Riigikantselei, lk 2
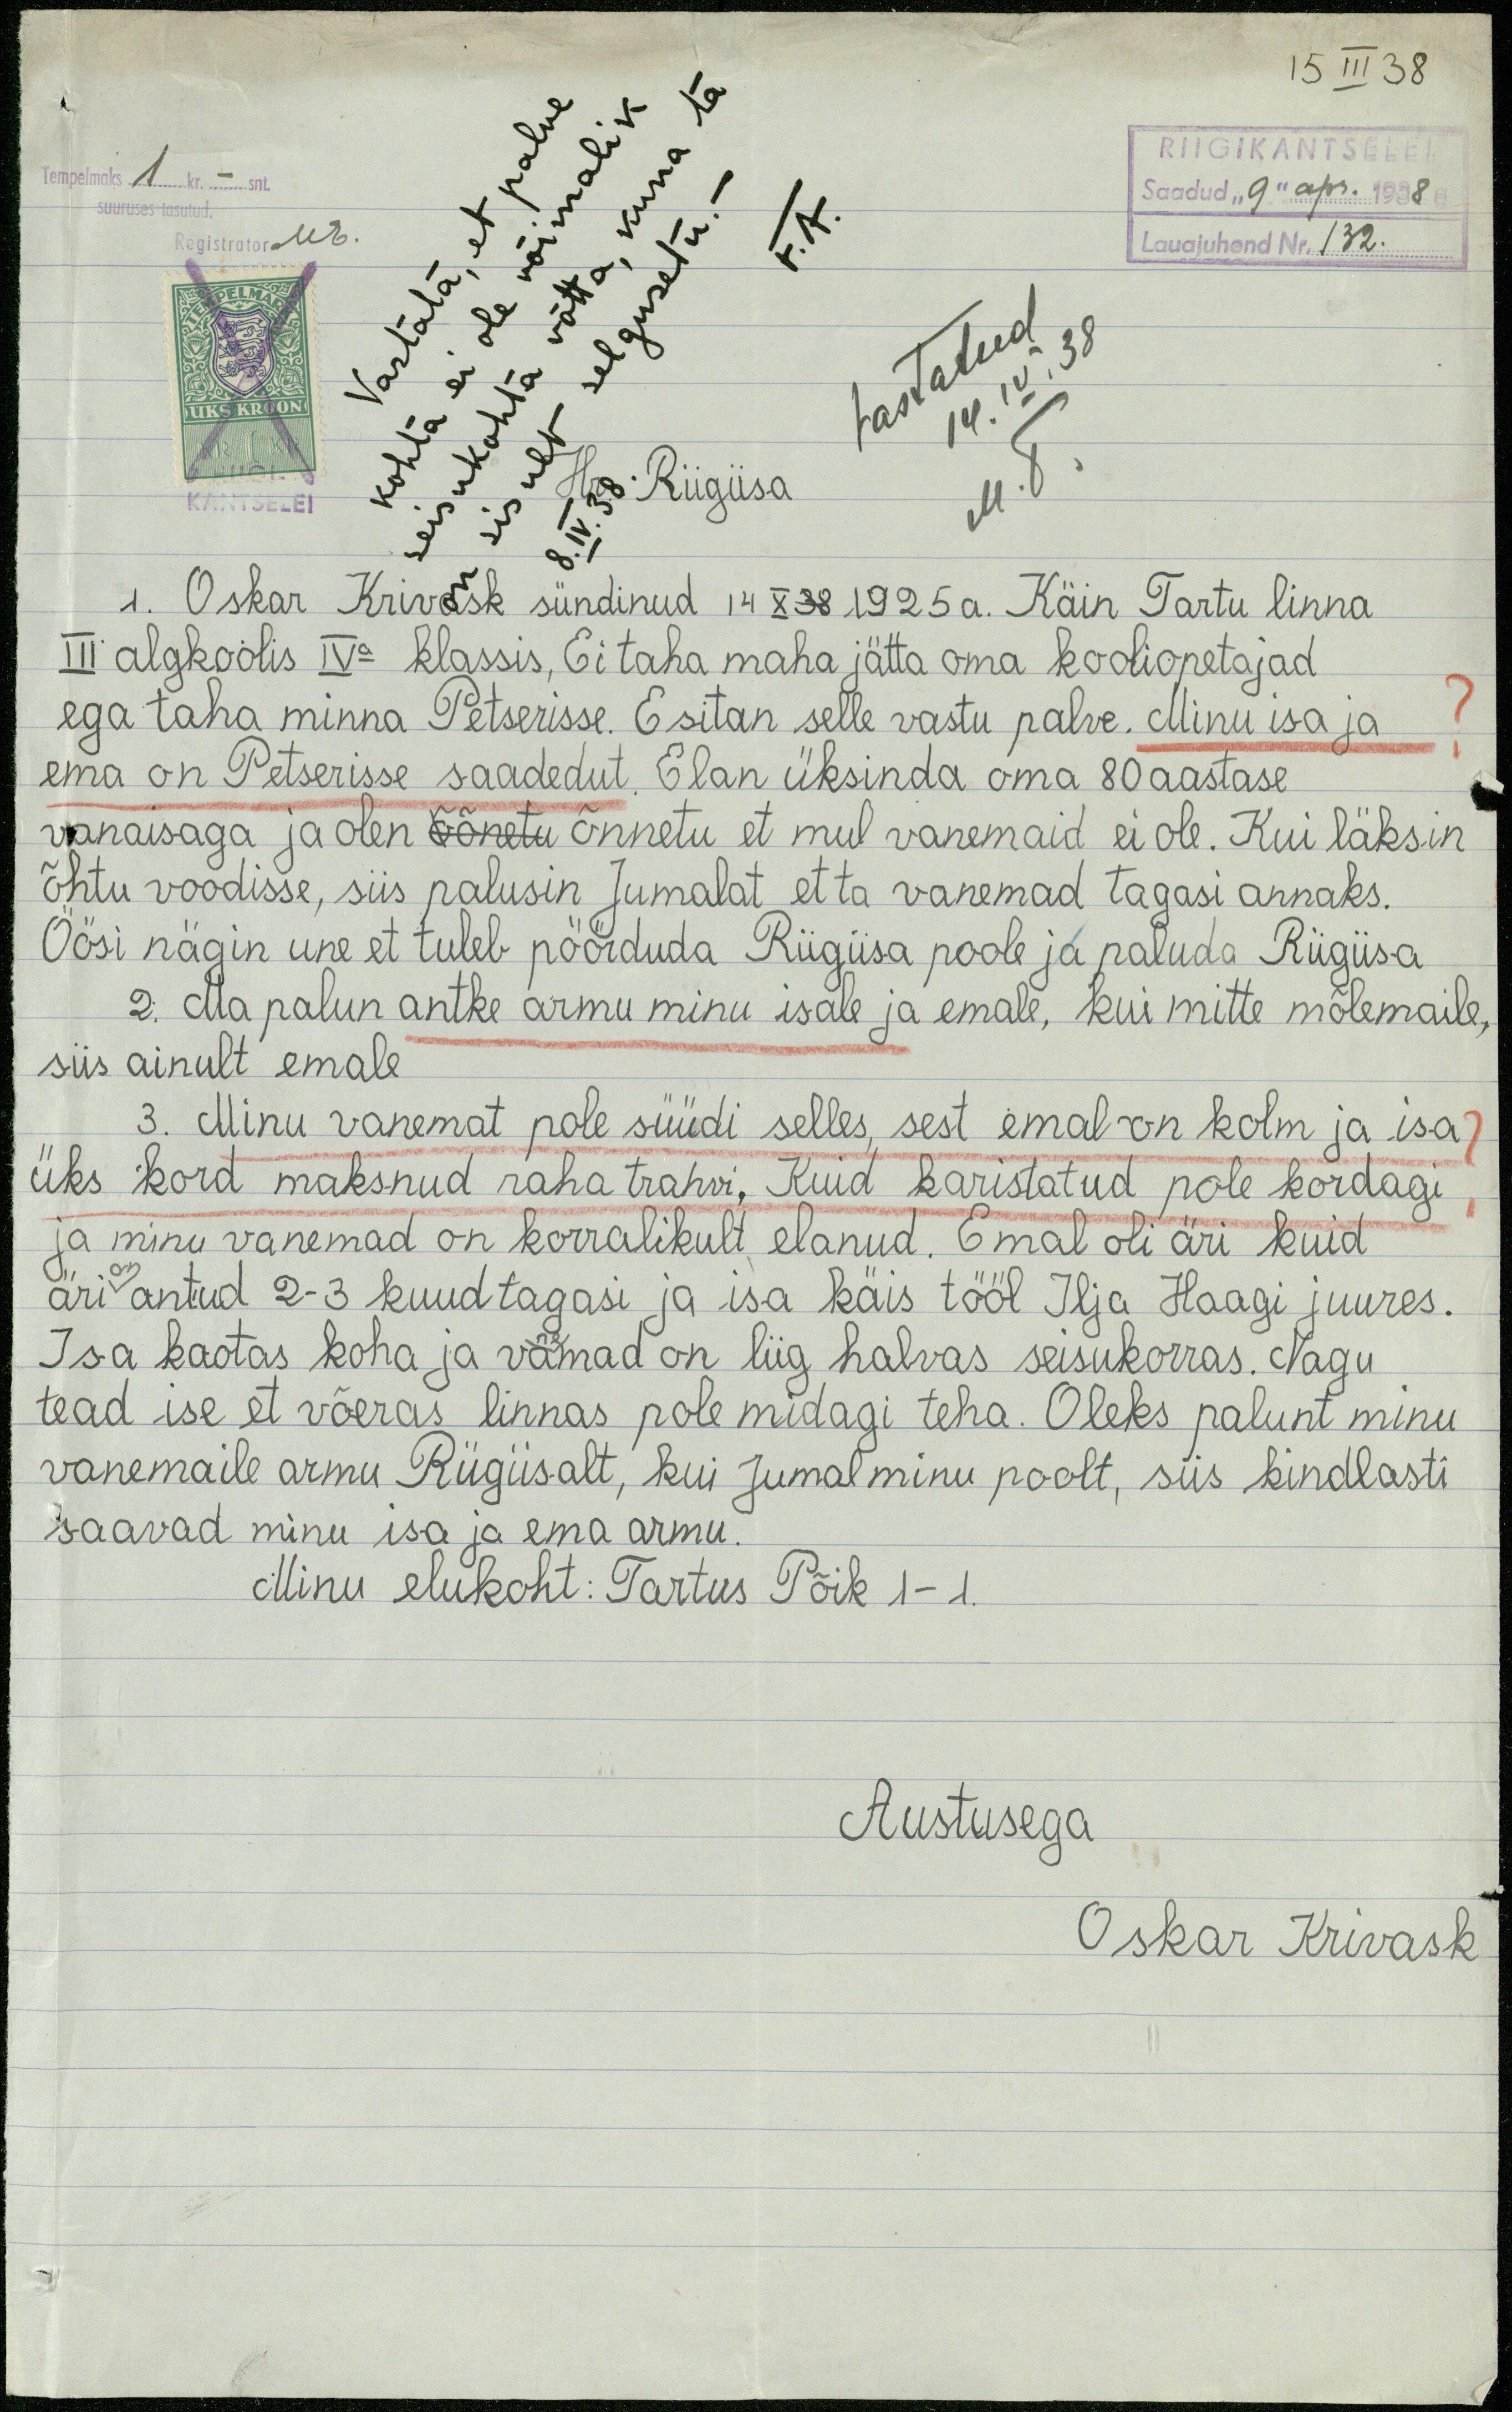
RiIIGIKANTSELEI
Saadud "9" apr. 1938
Tempelmaks 1kr – snt
suuruses tasutud
F.A
Lauajuhend Nr. 132.
Vastata, et palve
Registrator ME
kohta ei ole võimalik
seisukohta võtta, kuna ta
sisult selgusetu. –
Vastatud
14.IV.38
M.T.
KANTSELEI
Hr Riigiisa
8.IV.38.
1. Oskar Krivask sündinud 14 X38 1925 a. Käin Tartu linna
III algkoolis IVa klassis, Ei taha maha jätta oma kooliõpetajad
ega taha minna Petserisse. Esitan selle vastu palve. Minu isa ja
ema on Petserisse saadedut. Elan üksinda oma 80 aastase
vanaisaga ja olen õõnetu õnnetu et mul vanemaid ei ole. Kui läksin
õhtu voodisse, siis palusin Jumalat et ta vanemad tagasi annaks.
Öösi nägin une et tuleb pöörduda Riigiisa poole ja paluda Riigiisa
2. Ma palun antke armu minu isale ja emale, kui mitte mõlemaile,
siis ainult emale
3. Minu vanemat pole süüdi selles, sest emal on kolm ja isa
üks kord maksnud raha trahvi. Kuid karistatud pole kordagi
ja minu vanemad on korralikult elanud. Emal oli äri kuid
on
äri antud 2-3 kuud tagasi ja isa käis tööl Ilja Haagi juures.
ne
Isa kaotas koha ja vamad on liig halvas seisukorras. Nagu
tead ise et võeras linnas pole midagi teha. Oleks palunt minu
vanemaile armu Riigiisalt, kui Jumal minu poolt, siis kindlasti
saavad minu isa ja ema armu.
Minu elukoht: Tartus Põik 1 - 1.
Austusega
Oskar Krivask